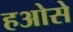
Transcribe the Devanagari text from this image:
हओसे